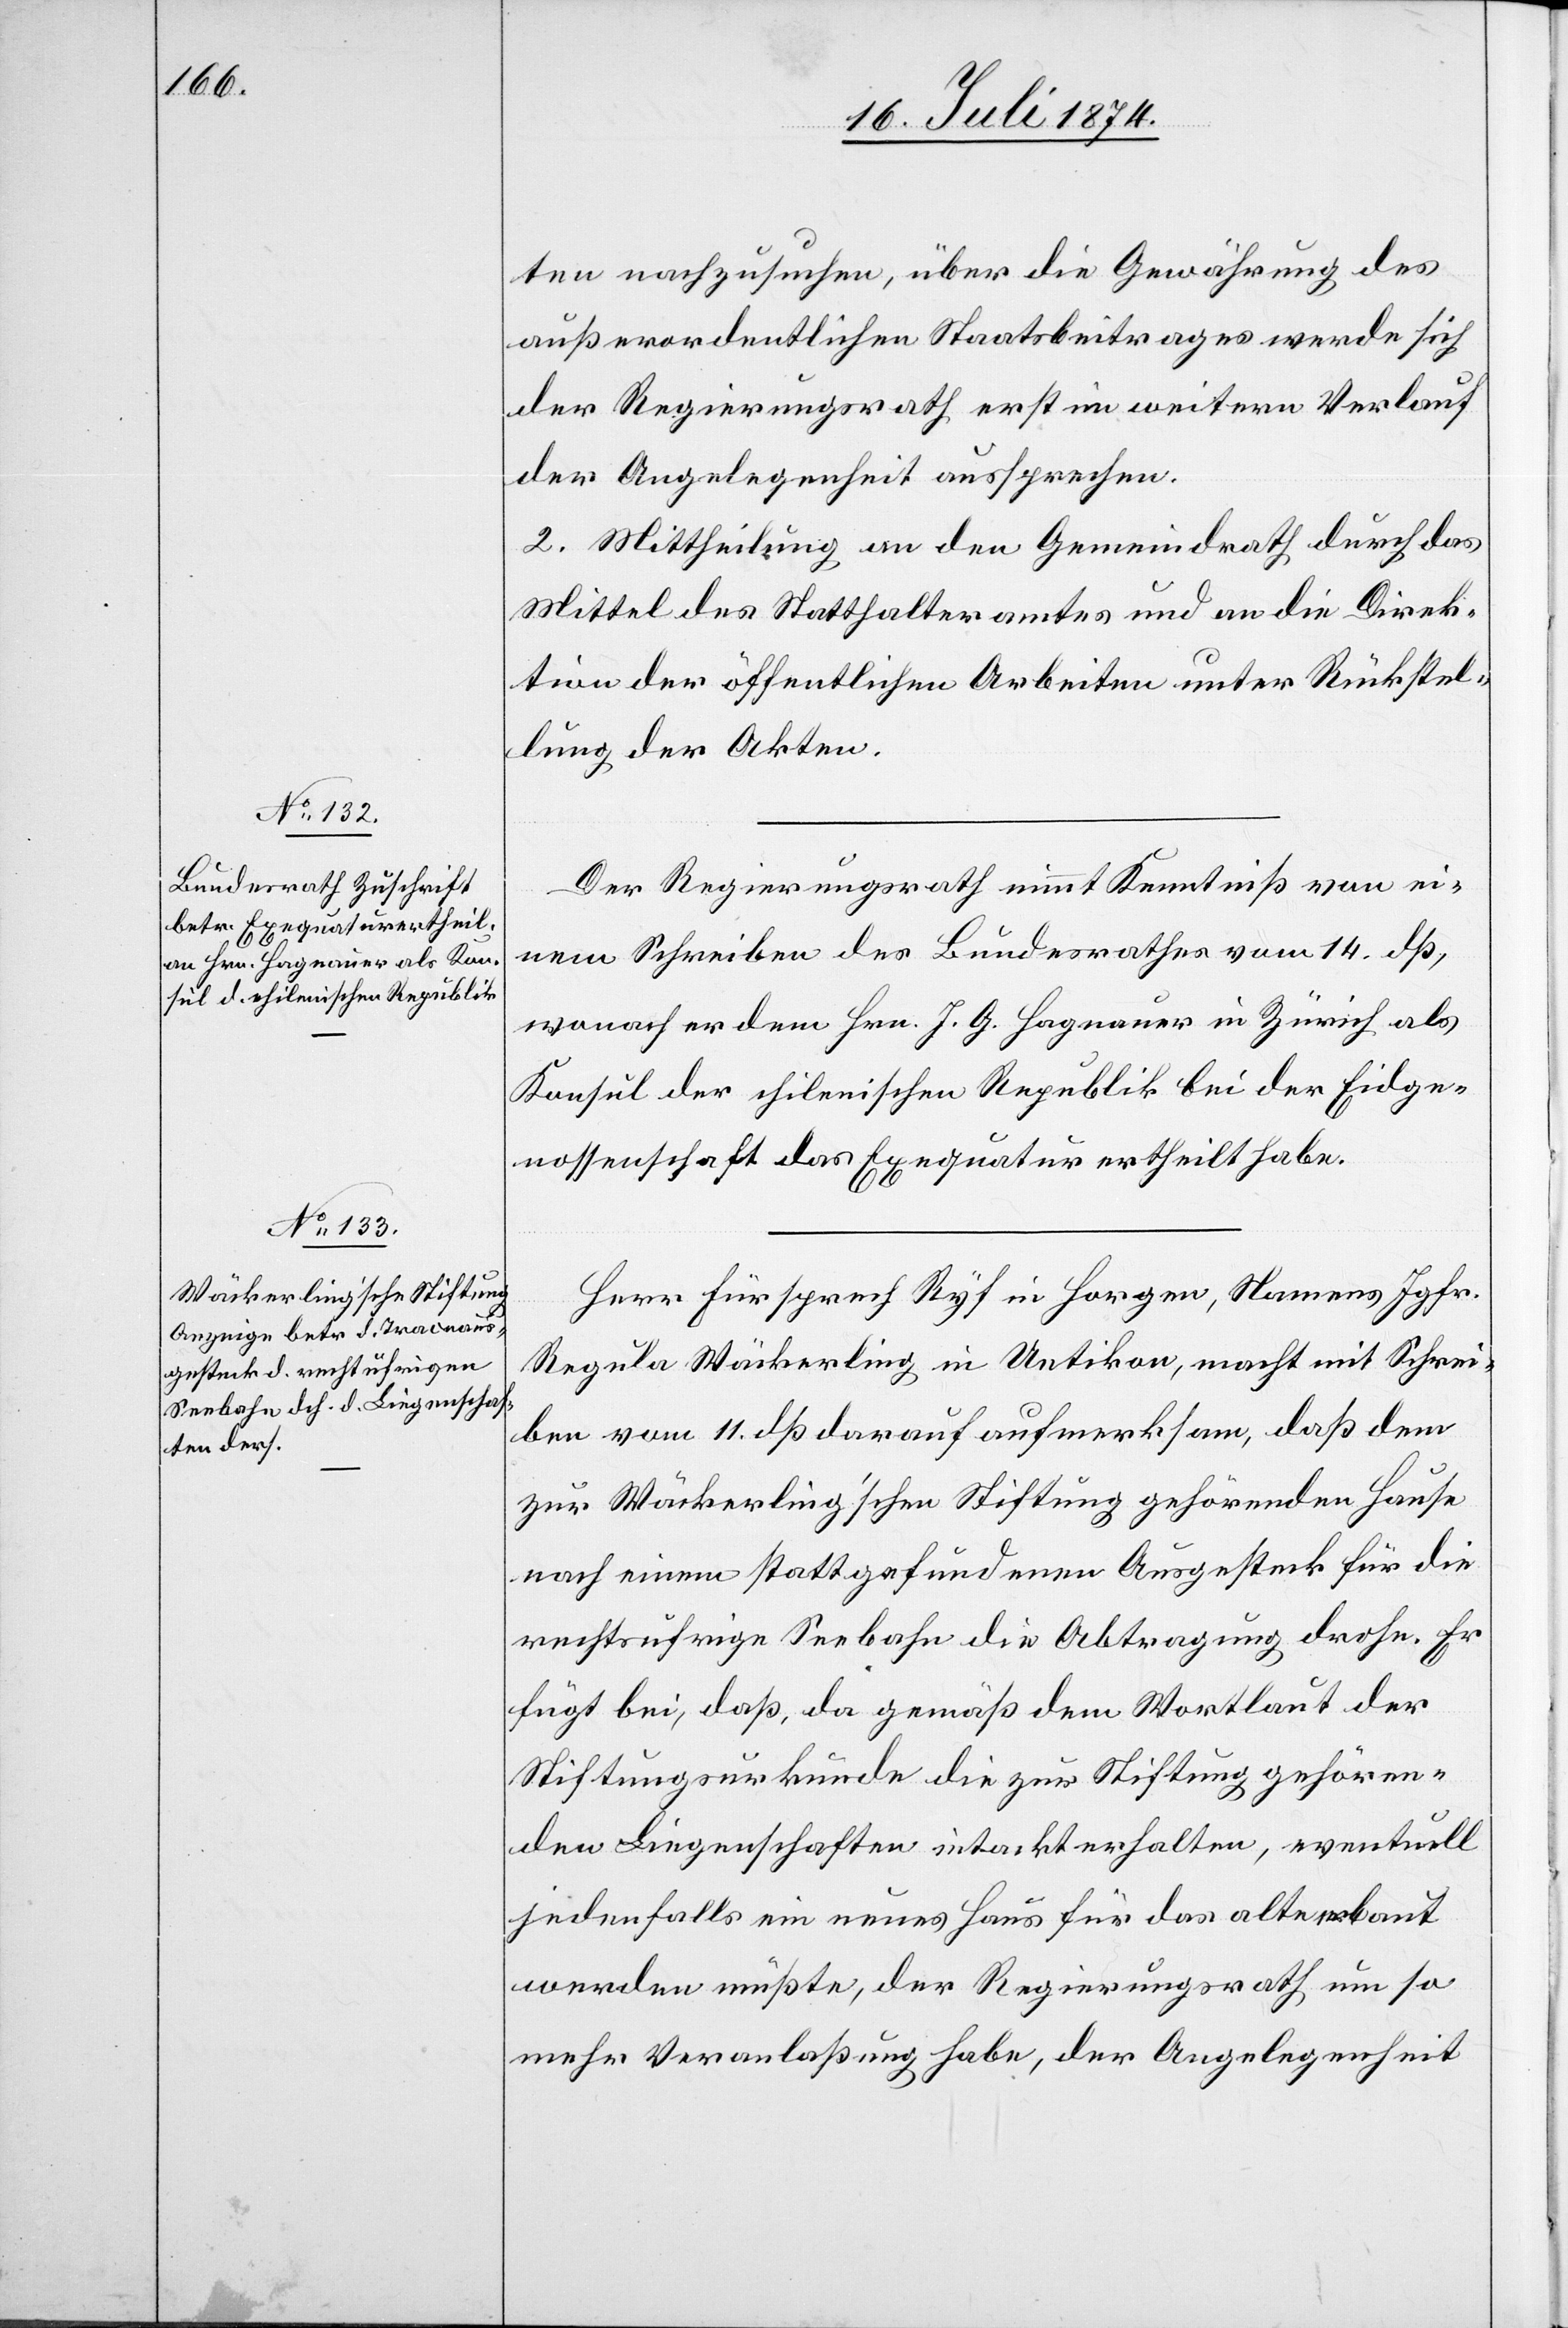
ten nachzusuchen, über die Gewährung des
außerordentlichen Staatsbeitrages werde sich
der Regierungsrath erst im weitern Verlauf
der Angelegenheit aussprechen.
2. Mittheilung an den Gemeindrath durch das
Mittel des Statthalteramtes und an die Direk¬
tion der öffentlichen Arbeiten unter Rückstel¬
lung der Akten.
Der Regierungsrath nimmt Kenntniß von ei¬
nem Schreiben des Bundesrathes vom 14. dß,
wonach er dem Hrn. J. G. Hagnauer in Zürich als
Konsul der chilenischen Republik bei der Eidge¬
nossenschaft das Exequatur ertheilt habe.
Herr Fürsprech Ryf in Horgen, Namens Jgfr.
Regula Wäckerling in Uetikon, macht mit Schrei¬
ben vom 11. dß darauf aufmerksam, daß dem
zur Wäckerling’schen Stiftung gehörenden Hause
nach einem stattgefundenen Ausgesteck für die
rechtsufrige Seebahn die Abtragung drohe. Er
fügt bei, daß, da gemäß dem Wortlaut der
Stiftungsurkunde die zur Stiftung gehören¬
den Liegenschaften intackt erhalten, eventuell
jedenfalls ein neues Haus für das alte erbaut
werden müßte, der Regierungsrath um so
mehr Veranlaßung habe, der Angelegenheit